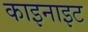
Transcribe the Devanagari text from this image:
काइनाइट